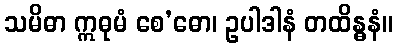
သမိဓာ ဣဓုမံ စေ’ဓော၊ ဥပါဒါနံ တထိန္ဓနံ။